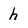
Character: h